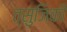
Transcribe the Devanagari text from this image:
त्सुजिकी